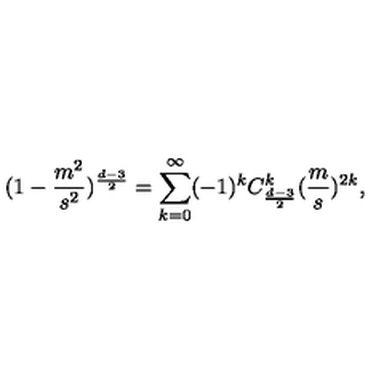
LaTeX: ( 1 - \frac { m ^ { 2 } } { s ^ { 2 } } ) ^ { \frac { d - 3 } { 2 } } = \sum _ { k = 0 } ^ { \infty } ( - 1 ) ^ { k } C _ { \frac { d - 3 } { 2 } } ^ { k } ( \frac { m } { s } ) ^ { 2 k } ,